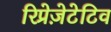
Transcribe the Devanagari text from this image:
रिप्रेज़ेटेटिव